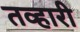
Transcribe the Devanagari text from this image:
तव्हारी